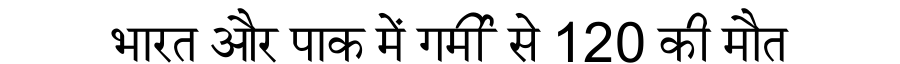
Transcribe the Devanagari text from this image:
भारत और पाक में गर्मी से 120 की मौत